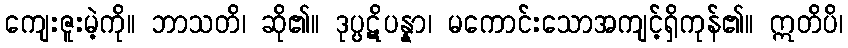
ကျေးဇူးမဲ့ကို။ ဘာသတိ၊ ဆို၏။ ဒုပ္ပဋိပန္နာ၊ မကောင်းသောအကျင့်ရှိကုန်၏။ ဣတိပိ၊